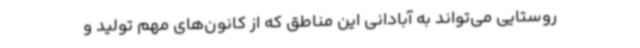
روستایی می‌تواند به آبادانی این مناطق که از کانون‌های مهم تولید و